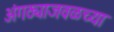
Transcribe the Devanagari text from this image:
अंगठ्याजवळच्या